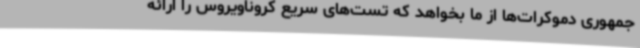
جمهوری دموکرات‌ها از ما بخواهد که تست‌های سریع کروناویروس را ارائه